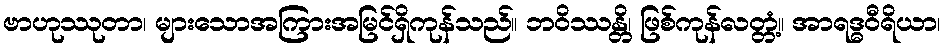
ဗာဟုဿုတာ၊ များသောအကြားအမြင်ရှိကုန်သည်။ ဘဝိဿန္တိ၊ ဖြစ်ကုန်လတ္တံ့။ အာရဒ္ဓဝီရိယာ၊